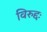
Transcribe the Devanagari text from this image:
विरुद्दः